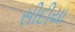
સીદીયા